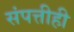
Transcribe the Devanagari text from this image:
संपत्तीही